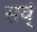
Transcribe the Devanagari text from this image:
सर्व्